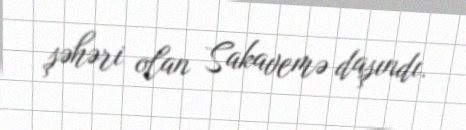
şəhəri olan Sakavemə daşındı.